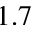
1 . 7